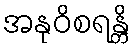
အနုဝိစရန္တိ